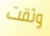
وثقت